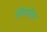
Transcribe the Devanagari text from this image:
डिप्‍लोमा